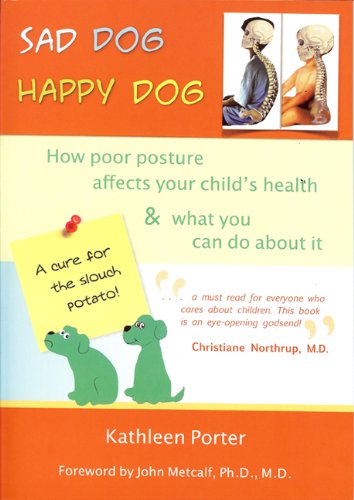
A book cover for Sad Dog, Happy Dog: How Poor Posture Affects Your Child's Health and What You Can Do About It; Kathleen Porter; Health, Fitness & Dieting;